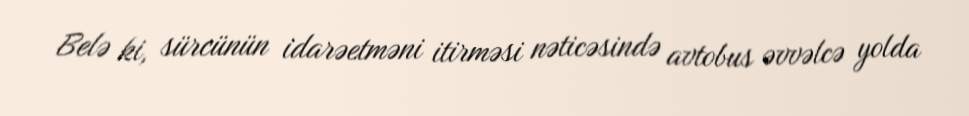
Belə ki, sürcünün idarəetməni itirməsi nəticəsində avtobus əvvəlcə yolda